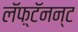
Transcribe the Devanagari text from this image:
लॅफ़्टॅनन्ट